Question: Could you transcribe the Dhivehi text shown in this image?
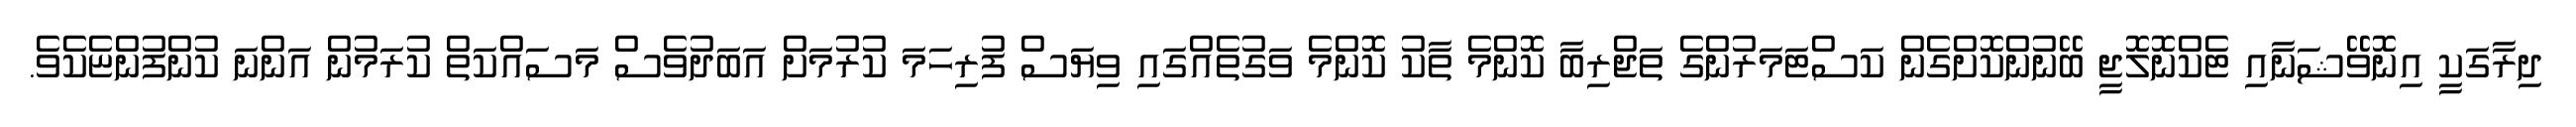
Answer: ދިރާގަކީ އިނޮވޭޝަނާއި ޓެކްނޮލޮޖީ ބޭނުންކޮށްގެން ކަސްޓަމަރުންގެ ތަޖްރިބާ ކޮންމެ ތާކު ކޮންމެ ވަގުތެއްގައި ވިޔަސް ފުރިހަމަ ކުރުމަށް އަބަދުވެސް މަސައްކަތް ކުރަމުން އަންނަ ކުންފުންޏެކެވެ.